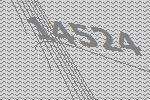
14524